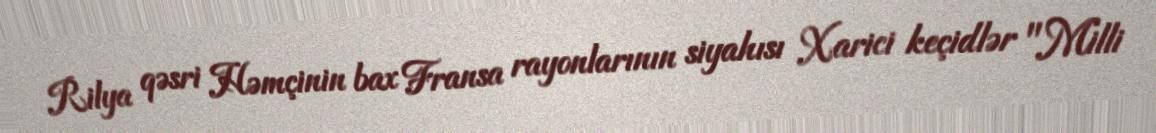
Rilya qəsri Həmçinin bax Fransa rayonlarının siyahısı Xarici keçidlər "Milli